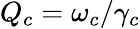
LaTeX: Q_{c}=\omega_{c}/\gamma_{c}